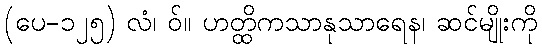
(ပေ-၁၂၅) လံ၊ ဝ်။ ဟတ္ထိကသာနုသာရေန၊ ဆင်မျိုးကို